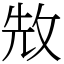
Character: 㪇